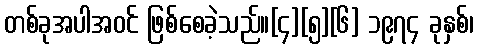
တစ်ခုအပါအဝင် ဖြစ်စေခဲ့သည်။[၄][၅][၆] ၁၉၇၄ ခုနှစ်၊